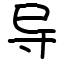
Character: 导